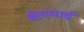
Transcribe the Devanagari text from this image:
बीएमाई